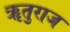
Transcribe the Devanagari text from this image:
ॠतुराज